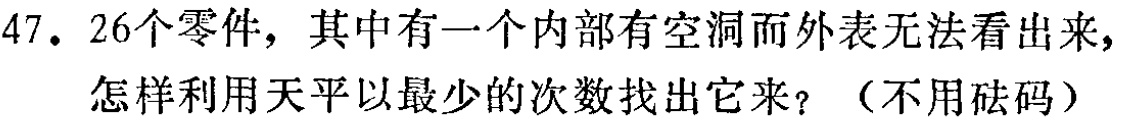
47. 26个零件，其中有一个内部有空洞而外表无法看出来，怎样利用天平以最少的次数找出它来？（不用砝码）